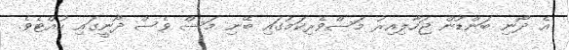
އެ ދޯނި ބަންޑުން ޖަހާލިއިރު މަސްވެރިކަމުގައި ބޭނި މަސް ވެސް ދޯނީގައި ހުއްޓެވެ.